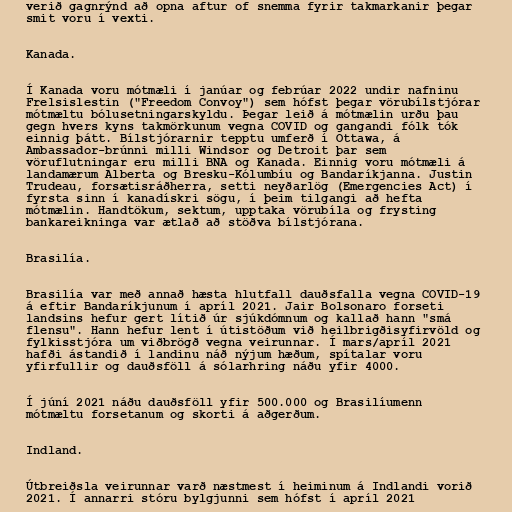
verið gagnrýnd að opna aftur of snemma fyrir takmarkanir þegar
smit voru í vexti.

Kanada.

Í Kanada voru mótmæli í janúar og febrúar 2022 undir nafninu
Frelsislestin ("Freedom Convoy") sem hófst þegar vörubílstjórar
mótmæltu bólusetningarskyldu. Þegar leið á mótmælin urðu þau
gegn hvers kyns takmörkunum vegna COVID og gangandi fólk tók
einnig þátt. Bílstjórarnir tepptu umferð í Ottawa, á
Ambassador-brúnni milli Windsor og Detroit þar sem
vöruflutningar eru milli BNA og Kanada. Einnig voru mótmæli á
landamærum Alberta og Bresku-Kólumbíu og Bandaríkjanna. Justin
Trudeau, forsætisráðherra, setti neyðarlög (Emergencies Act) í
fyrsta sinn í kanadískri sögu, í þeim tilgangi að hefta
mótmælin. Handtökum, sektum, upptaka vörubíla og frysting
bankareikninga var ætlað að stöðva bílstjórana.

Brasilía.

Brasilía var með annað hæsta hlutfall dauðsfalla vegna COVID-19
á eftir Bandaríkjunum í apríl 2021. Jair Bolsonaro forseti
landsins hefur gert lítið úr sjúkdómnum og kallað hann "smá
flensu". Hann hefur lent í útistöðum við heilbrigðisyfirvöld og
fylkisstjóra um viðbrögð vegna veirunnar. Í mars/apríl 2021
hafði ástandið í landinu náð nýjum hæðum, spítalar voru
yfirfullir og dauðsföll á sólarhring náðu yfir 4000.

Í júní 2021 náðu dauðsföll yfir 500.000 og Brasilíumenn
mótmæltu forsetanum og skorti á aðgerðum.

Indland.

Útbreiðsla veirunnar varð næstmest í heiminum á Indlandi vorið
2021. Í annarri stóru bylgjunni sem hófst í apríl 2021